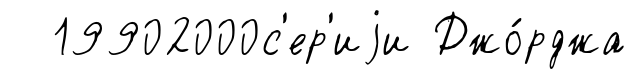
19902000с'ер'иjи Джо́рджа